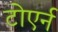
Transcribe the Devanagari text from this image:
टोएर्न